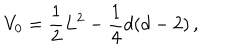
LaTeX: V _ { 0 } = \frac { 1 } { 2 } L ^ { 2 } - \frac { 1 } { 4 } d ( d - 2 ) \, ,